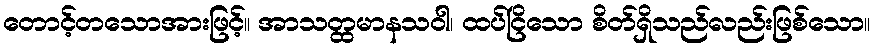
တောင့်တသောအားဖြင့်။ အာသတ္ထမာနသဝါ၊ ထပ်ငြိသော စိတ်ရှိသည်လည်းဖြစ်သော။